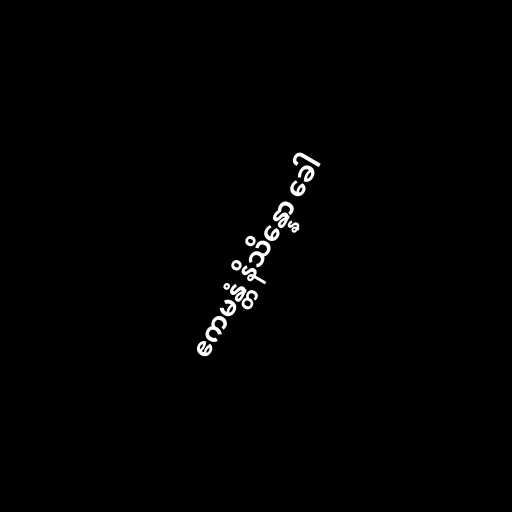
ဧကမန္တံ နိသိန္နော ခေါ